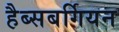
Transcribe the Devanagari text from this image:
हैब्सबर्गियन